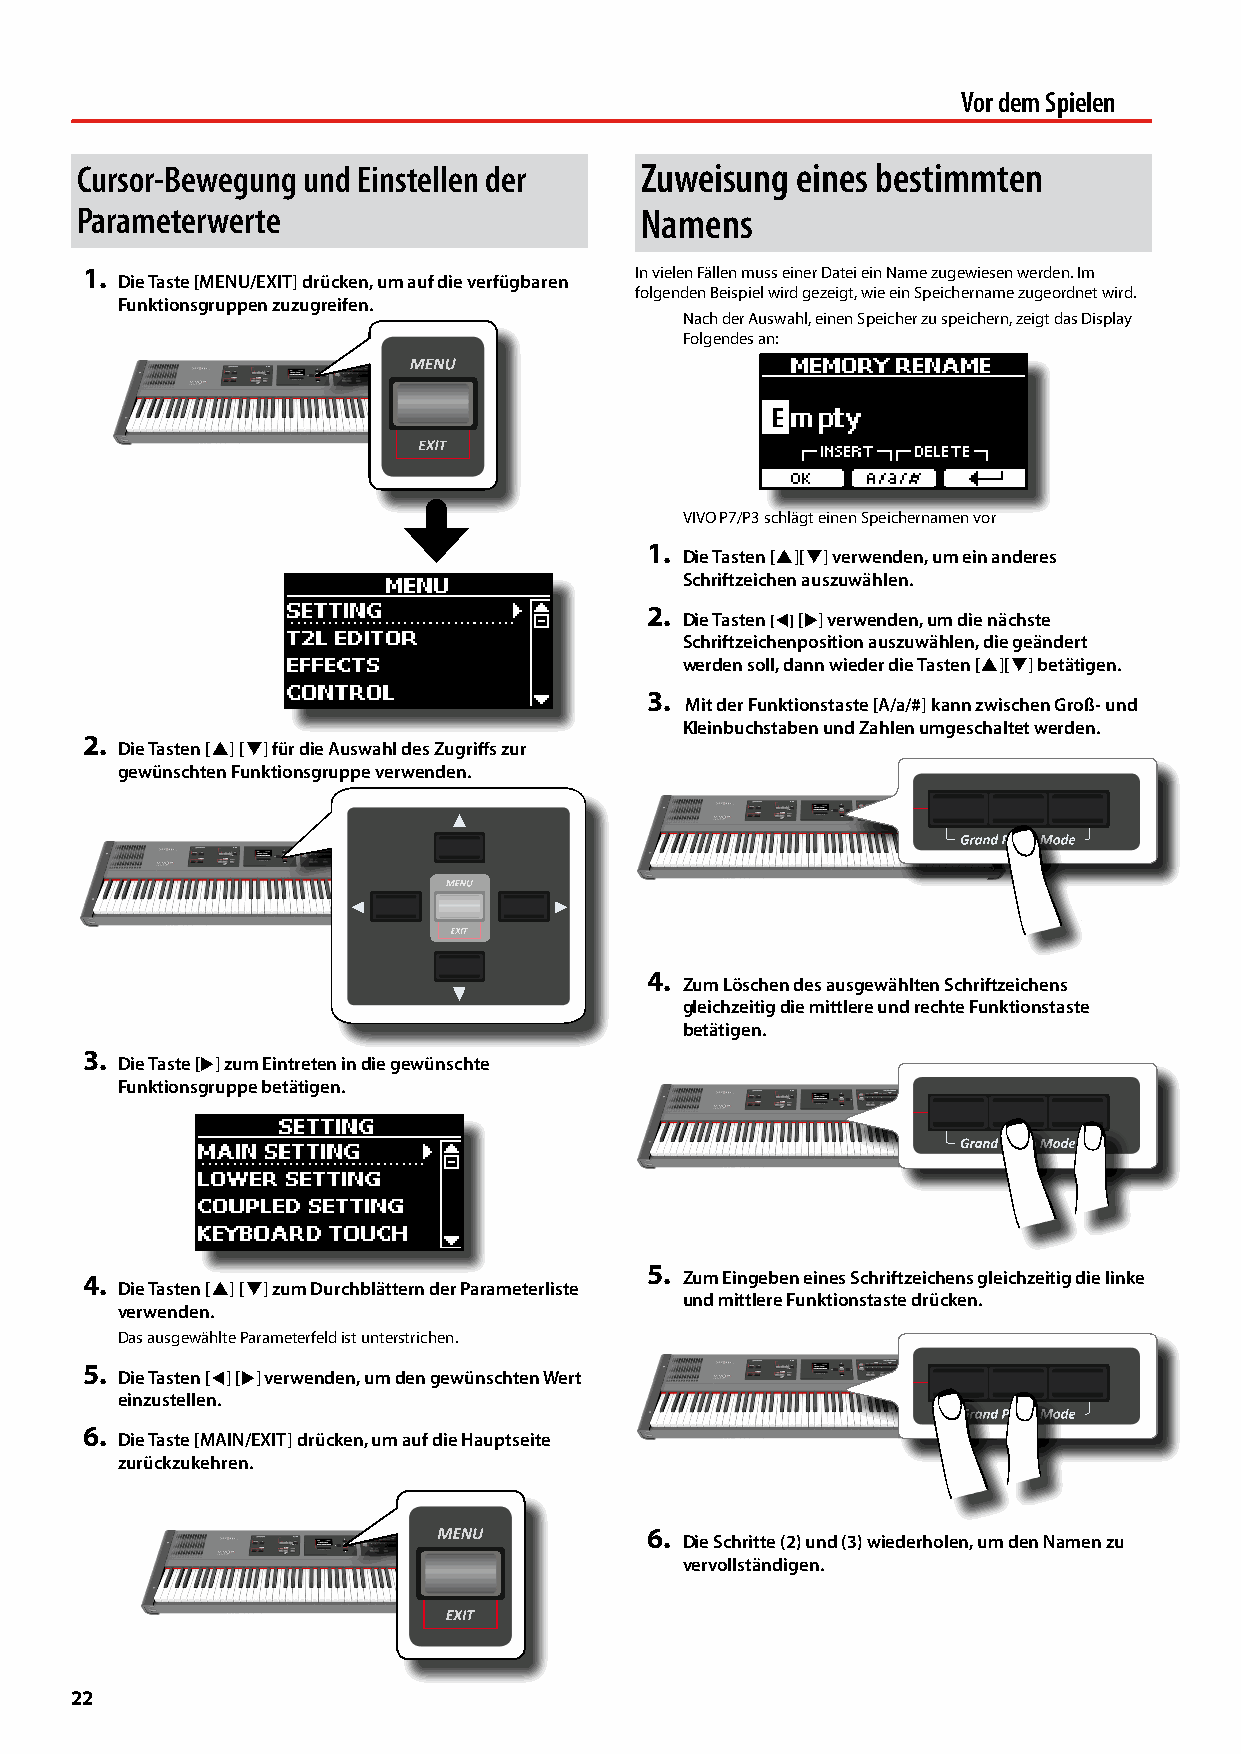
Vor dem Spielen
 Cursor-Bewegung und Einstellen der   Zuweisung  eines bestimmten
 Parameterwerte                       Namens
 1.                                   In vielen Fällen muss einer Datei ein Name zugewiesen werden. Im
 Die Taste [MENU/EXIT] drücken, um auf die verfügbaren
 folgenden Beispiel wird gezeigt, wie ein Speichername zugeordnet wird.
 Funktionsgruppen zuzugreifen.
 Nach der Auswahl, einen Speicher zu speichern, zeigt das Display
 Folgendes an:
 VIVO P7/P3 schlägt einen Speichernamen vor
 1.
 Die Tasten [][] verwenden, um ein anderes
 Schriftzeichen auszuwählen.
 2.
 Die Tasten [] [] verwenden, um die nächste
 Schriftzeichenposition auszuwählen, die geändert
 werden soll, dann wieder die Tasten [][] betätigen.
 3.
 Mit der Funktionstaste [A/a/#] kann zwischen Groß- und
 Kleinbuchstaben und Zahlen umgeschaltet werden.
 2.
 Die Tasten [] [] für die Auswahl des Zugriffs zur
 gewünschten Funktionsgruppe verwenden.
 4.
 Zum Löschen des ausgewählten Schriftzeichens
 gleichzeitig die mittlere und rechte Funktionstaste
 betätigen.
 3.
 Die Taste [] zum Eintreten in die gewünschte
 Funktionsgruppe betätigen.
 5.
 4.                                      Zum Eingeben eines Schriftzeichens gleichzeitig die linke
 Die Tasten [] [] zum Durchblättern der Parameterliste
 und mittlere Funktionstaste drücken.
 verwenden.
 Das ausgewählte Parameterfeld ist unterstrichen.
 5.
 Die Tasten [] [] verwenden, um den gewünschten Wert
 einzustellen.
 6.
 Die Taste [MAIN/EXIT] drücken, um auf die Hauptseite
 zurückzukehren.
 6.
 Die Schritte (2) und (3) wiederholen, um den Namen zu
 vervollständigen.
 22